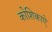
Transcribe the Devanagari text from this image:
कोशिकाऐ